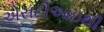
એસટીઆઇથી